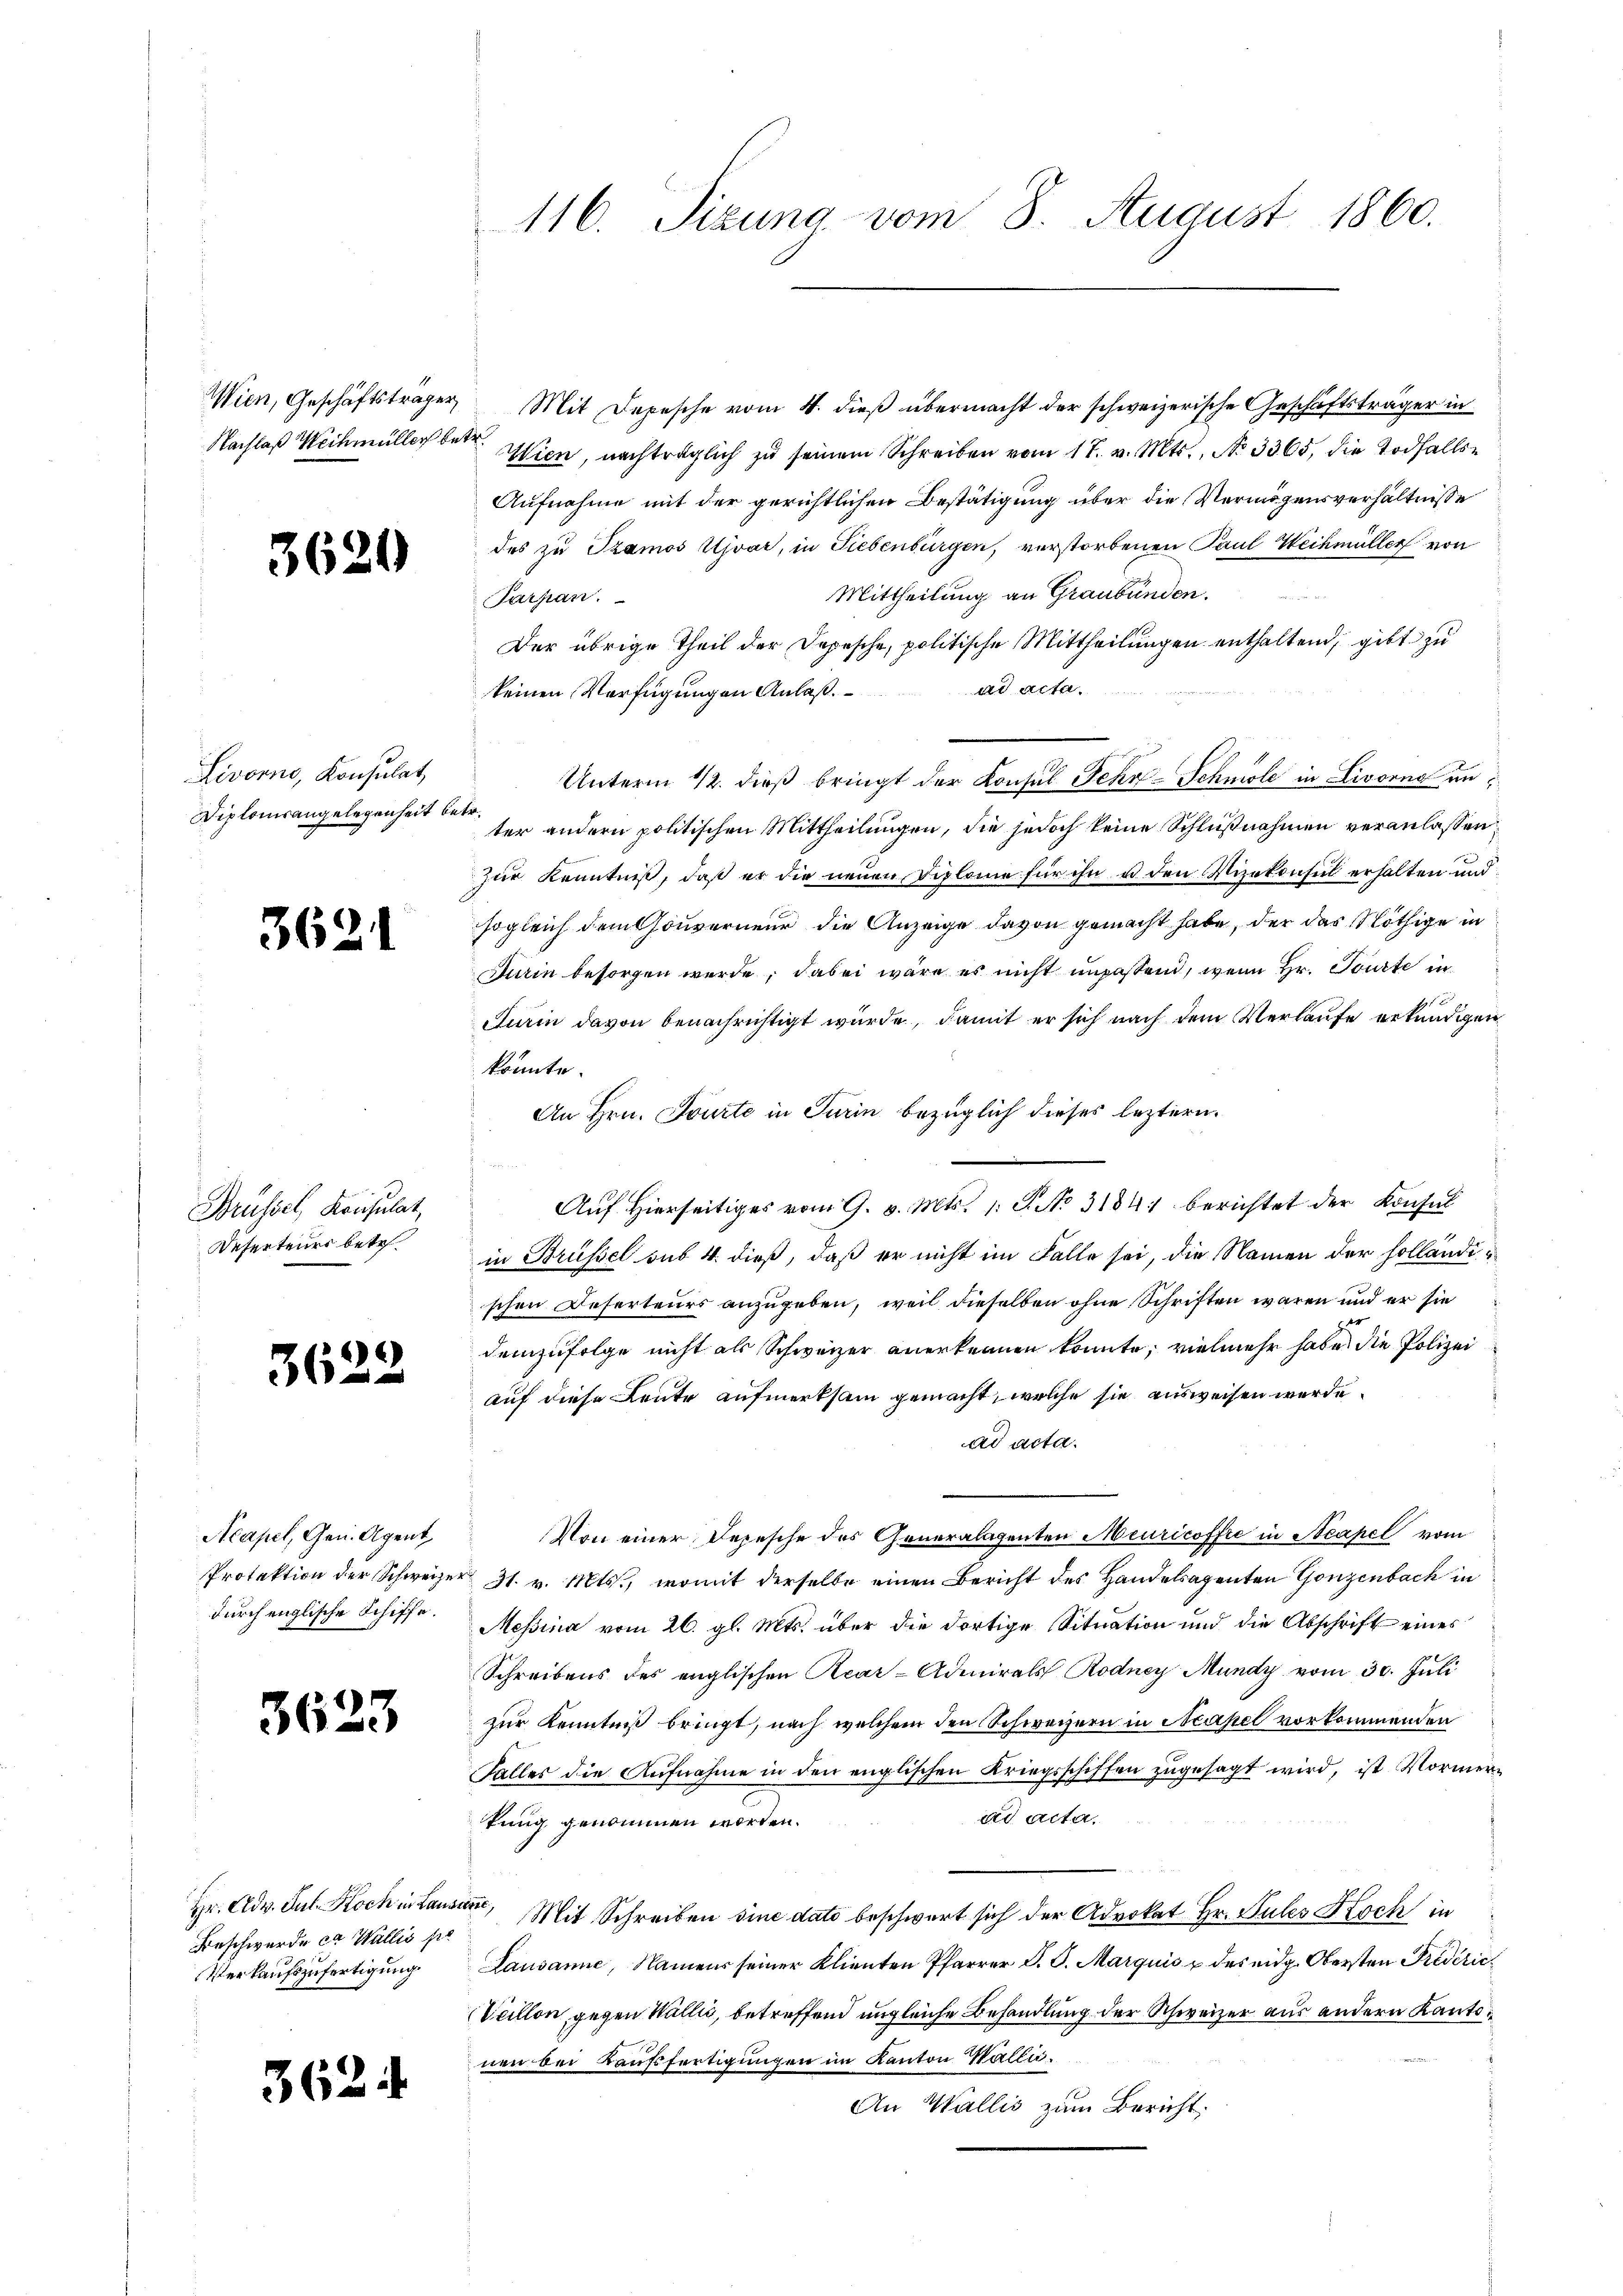
Nachlaß Wechmüller betr.

3620

Livorno, Konsulat
Diplomsangelegenheit betr.

3621

Neüssel, Konsulat,
Deserteurs betr.

3622

Acapel, Gen. Agent
durch englische Schiffe.

36

23

362.

Beschwerde ca Wallis pe
Verkaufszufertigung

116. Sizung vom 8. August 1860.

Wien, Geschäftsträger Mit Depesche vom 4. dieß übermacht der schweizerische Geschäftsträger in
Wien, nachträglich zu seinem Schreiben vom 17. v. Mts., No 3365, die Todfalls¬
Aufnahme mit der gerichtlichen Bestätigung über die Vermögensverhältnisse
des zu Szamos Ujvar, in Liebenbürgen, verstorbenen Paul Weinmüller von
Mittheilung an Graubünden.
Parsan.
Der übrige Theil der Depesche, politische Mittheilungen enthaltend, gibt zu
keinen Verfügungen Anlaß ad acta.
Unterm 12. dieß bringt der Konsul Sehn-Schnole in Livorno unter andern politischen Mittheilungen, die jedoch keine Schlußnahmen veranlassen
Zur Kenntniß, daß er die neuen Diplome für ihn u den Vizekonsul erhalten und
sogleich dem Gouverneur die Anzeige davon gemacht habe, der das Nöthige in
Durin besorgen werde, dabei wäre es nicht unpassend, wenn Hr. Tourte in
Turin davon benachrichtigt wurde, damit er sich nach dem Verlaufe erkundigen
könnte.
An Hrn. Tourte in Turin bezüglich dieses leztern.
Auf Hierseitiges vom 9. v. Mts. 1 S. No 3184) berichtet der Konsul
in Brüssel sub 4. dieß, daß er nicht im Falle sei, die Namen der holländischen Deserteurs anzugeben, weil dieselben ohne Schriften waren und er sie
demzufolge nicht als Schweizer anerkennen konnte, vielmehr habe die Polizei
auf diese Leute aufmerksam gemacht, welche sie ausweisen werde.
ad acta.
Von einer Depesche des Generalagenten Meuricoffre in Acapel vom
Protektion der Schweizer 31. v. Mts., womit derselbe einen Bericht des Handelsagenten Gonzenbach in
Messina vom 26. gl. Mts. über die dortige Situation und die Abschrift eines
Schreibens des englischen Rear-Admirals Rodney Mundy vom 30. Juli
zur Kenntniß bringt, nach welchem den Schweizern in Neapel vorkommenden
Falles die Aufnahme in den englischen Kriegsschiffen zugesagt wird, ist Vormerad acta.
kung genommen worden.
Hr. Adv. Jul. Koch in Lausan, Mit Schreiben sine dato beschwert sich der Advokat Hr. Sules Koch in
Lausanne, Namens seiner Klienten Pfarrer P. G. Marquis u des eidg. Obersten Privérić
Veillon gegen Wallis, betreffend ungleiche Behandlung der Schweizer aus andern Kantonen bei Kaufsfertigungen im Kanton Walli¬
An Wallis zum Bericht: